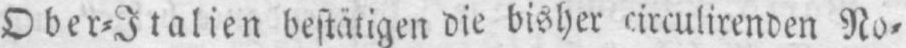
No⸗